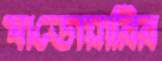
মাডোয়ারির